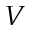
V